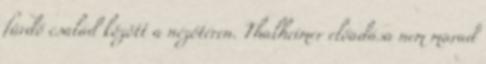
fürdő család között a nézőtéren. Thalheimer előadása nem marad